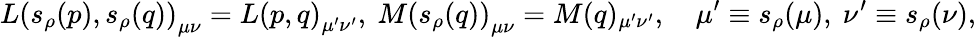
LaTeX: L\left(s_{\rho}(p),s_{\rho}(q)\right)_{\mu\nu}=L\left(p,q\right)_{\mu^{\prime}\nu^{\prime}},\ M\left(s_{\rho}(q)\right)_{\mu\nu}=M(q)_{\mu^{\prime}\nu^{\prime}},\quad\mu^{\prime}\equiv s_{\rho}(\mu),\ \nu^{\prime}\equiv s_{\rho}(\nu),